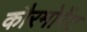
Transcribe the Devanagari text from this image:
कौरमोरेंट